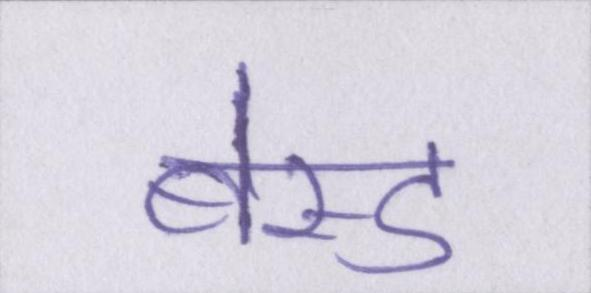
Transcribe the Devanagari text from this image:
बेस्ड